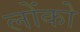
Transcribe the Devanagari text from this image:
लोंको